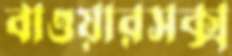
বাওয়ারসক্স